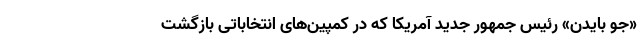
«جو بایدن» رئیس جمهور جدید آمریکا که در کمپین‌های انتخاباتی بازگشت